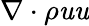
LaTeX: \nabla\cdot\rho\mathit{u}\mathit{u}